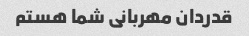
قدردان مهربانی شما هستم